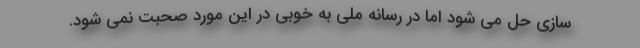
سازی حل می شود اما در رسانه ملی به خوبی در این مورد صحبت نمی شود.